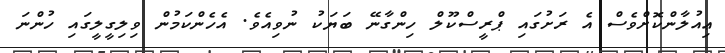
ޢިއުލާންކޮށްވެސް އެ ރަށުގައި ޕްރީސްކޫލް ހިންގާނޭ ބަޔަކު ނުވިއެވެ. އެހެންކަމުން ވިލިގީލީގައި ހުންނަ